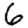
Digit: 6